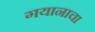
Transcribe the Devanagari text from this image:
गयानाचा